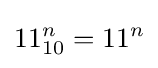
11_{10}^{n}=11^{n}